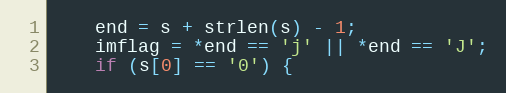
Language: C
    end = s + strlen(s) - 1;
    imflag = *end == 'j' || *end == 'J';
    if (s[0] == '0') {